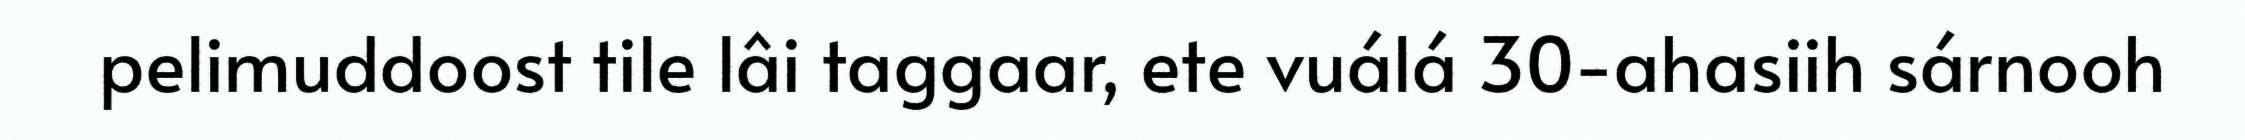
pelimuddoost tile lâi taggaar, ete vuálá 30-ahasiih sárnooh